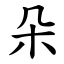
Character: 朵